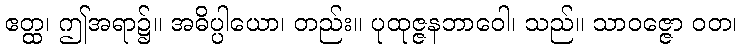
ဧတ္ထ၊ ဤအရာ၌။ အဓိပ္ပါယော၊ တည်း။ ပုထုဇ္ဇနဘာဝေါ၊ သည်။ သာဝဇ္ဇော ဝတ၊